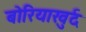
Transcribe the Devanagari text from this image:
बोरियाखुर्द